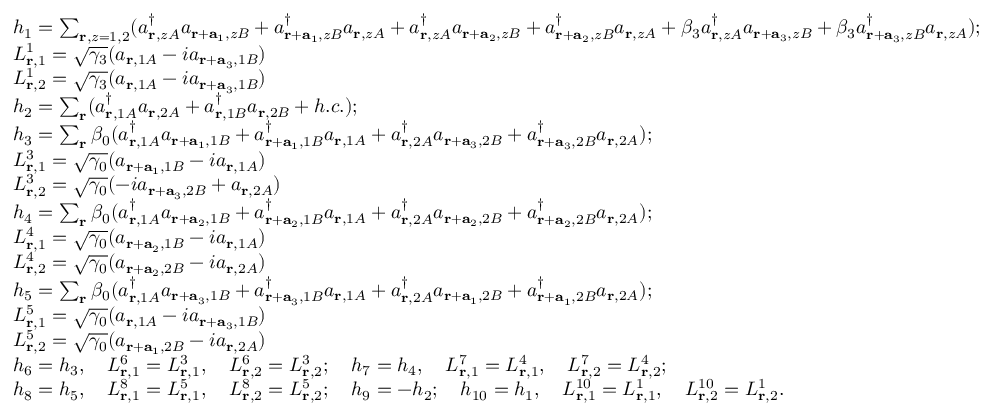
\begin{array} { r l } & { h _ { 1 } = \sum _ { { \bf r } , z = 1 , 2 } ( a _ { { \bf r } , z A } ^ { \dagger } a _ { { \bf r } + { \bf a } _ { 1 } , z B } + a _ { { \bf r } + { \bf a } _ { 1 } , z B } ^ { \dagger } a _ { { \bf r } , z A } + a _ { { \bf r } , z A } ^ { \dagger } a _ { { \bf r } + { \bf a } _ { 2 } , z B } + a _ { { \bf r } + { \bf a } _ { 2 } , z B } ^ { \dagger } a _ { { \bf r } , z A } + \beta _ { 3 } a _ { { \bf r } , z A } ^ { \dagger } a _ { { \bf r } + { \bf a } _ { 3 } , z B } + \beta _ { 3 } a _ { { \bf r } + { \bf a } _ { 3 } , z B } ^ { \dagger } a _ { { \bf r } , z A } ) ; } \\ & { L _ { { \bf r } , 1 } ^ { 1 } = \sqrt { \gamma _ { 3 } } ( a _ { { \bf r } , 1 A } - i a _ { { \bf r } + { \bf a } _ { 3 } , 1 B } ) } \\ & { L _ { { \bf r } , 2 } ^ { 1 } = \sqrt { \gamma _ { 3 } } ( a _ { { \bf r } , 1 A } - i a _ { { \bf r } + { \bf a } _ { 3 } , 1 B } ) } \\ & { h _ { 2 } = \sum _ { \bf r } ( a _ { { \bf r } , 1 A } ^ { \dagger } a _ { { \bf r } , 2 A } + a _ { { \bf r } , 1 B } ^ { \dagger } a _ { { \bf r } , 2 B } + h . c . ) ; } \\ & { h _ { 3 } = \sum _ { \bf r } \beta _ { 0 } ( a _ { { \bf r } , 1 A } ^ { \dagger } a _ { { \bf r } + { \bf a } _ { 1 } , 1 B } + a _ { { \bf r } + { \bf a } _ { 1 } , 1 B } ^ { \dagger } a _ { { \bf r } , 1 A } + a _ { { \bf r } , 2 A } ^ { \dagger } a _ { { \bf r } + { \bf a } _ { 3 } , 2 B } + a _ { { \bf r } + { \bf a } _ { 3 } , 2 B } ^ { \dagger } a _ { { \bf r } , 2 A } ) ; } \\ & { L _ { { \bf r } , 1 } ^ { 3 } = \sqrt { \gamma _ { 0 } } ( a _ { { \bf r } + { \bf a } _ { 1 } , 1 B } - i a _ { { \bf r } , 1 A } ) } \\ & { L _ { { \bf r } , 2 } ^ { 3 } = \sqrt { \gamma _ { 0 } } ( - i a _ { { \bf r } + { \bf a } _ { 3 } , 2 B } + a _ { { \bf r } , 2 A } ) } \\ & { h _ { 4 } = \sum _ { \bf r } \beta _ { 0 } ( a _ { { \bf r } , 1 A } ^ { \dagger } a _ { { \bf r } + { \bf a } _ { 2 } , 1 B } + a _ { { \bf r } + { \bf a } _ { 2 } , 1 B } ^ { \dagger } a _ { { \bf r } , 1 A } + a _ { { \bf r } , 2 A } ^ { \dagger } a _ { { \bf r } + { \bf a } _ { 2 } , 2 B } + a _ { { \bf r } + { \bf a } _ { 2 } , 2 B } ^ { \dagger } a _ { { \bf r } , 2 A } ) ; } \\ & { L _ { { \bf r } , 1 } ^ { 4 } = \sqrt { \gamma _ { 0 } } ( a _ { { \bf r } + { \bf a } _ { 2 } , 1 B } - i a _ { { \bf r } , 1 A } ) } \\ & { L _ { { \bf r } , 2 } ^ { 4 } = \sqrt { \gamma _ { 0 } } ( a _ { { \bf r } + { \bf a } _ { 2 } , 2 B } - i a _ { { \bf r } , 2 A } ) } \\ & { h _ { 5 } = \sum _ { \bf r } \beta _ { 0 } ( a _ { { \bf r } , 1 A } ^ { \dagger } a _ { { \bf r } + { \bf a } _ { 3 } , 1 B } + a _ { { \bf r } + { \bf a } _ { 3 } , 1 B } ^ { \dagger } a _ { { \bf r } , 1 A } + a _ { { \bf r } , 2 A } ^ { \dagger } a _ { { \bf r } + { \bf a } _ { 1 } , 2 B } + a _ { { \bf r } + { \bf a } _ { 1 } , 2 B } ^ { \dagger } a _ { { \bf r } , 2 A } ) ; } \\ & { L _ { { \bf r } , 1 } ^ { 5 } = \sqrt { \gamma _ { 0 } } ( a _ { { \bf r } , 1 A } - i a _ { { \bf r } + { \bf a } _ { 3 } , 1 B } ) } \\ & { L _ { { \bf r } , 2 } ^ { 5 } = \sqrt { \gamma _ { 0 } } ( a _ { { \bf r } + { \bf a } _ { 1 } , 2 B } - i a _ { { \bf r } , 2 A } ) } \\ & { h _ { 6 } = h _ { 3 } , \quad L _ { { \bf r } , 1 } ^ { 6 } = L _ { { \bf r } , 1 } ^ { 3 } , \quad L _ { { \bf r } , 2 } ^ { 6 } = L _ { { \bf r } , 2 } ^ { 3 } ; \quad h _ { 7 } = h _ { 4 } , \quad L _ { { \bf r } , 1 } ^ { 7 } = L _ { { \bf r } , 1 } ^ { 4 } , \quad L _ { { \bf r } , 2 } ^ { 7 } = L _ { { \bf r } , 2 } ^ { 4 } ; } \\ & { h _ { 8 } = h _ { 5 } , \quad L _ { { \bf r } , 1 } ^ { 8 } = L _ { { \bf r } , 1 } ^ { 5 } , \quad L _ { { \bf r } , 2 } ^ { 8 } = L _ { { \bf r } , 2 } ^ { 5 } ; \quad h _ { 9 } = - h _ { 2 } ; \quad h _ { 1 0 } = h _ { 1 } , \quad L _ { { \bf r } , 1 } ^ { 1 0 } = L _ { { \bf r } , 1 } ^ { 1 } , \quad L _ { { \bf r } , 2 } ^ { 1 0 } = L _ { { \bf r } , 2 } ^ { 1 } . } \end{array}